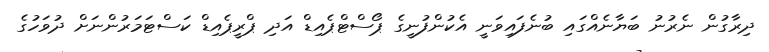
ދިރާގުން ނެރުނު ބަޔާނެއްގައި ބުނެފައިވަނީ އެކުންފުނީގެ ޕޯސްޓްޕެއިޑް އަދި ޕްރީޕެއިޑް ކަސްޓަމަރުންނަށް ދުވަހުގެ